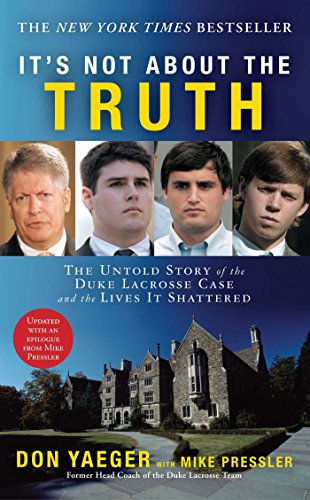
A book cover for It's Not About the Truth: The Untold Story of the Duke Lacrosse Case and the Lives It Shattered; Don Yaeger; Sports & Outdoors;